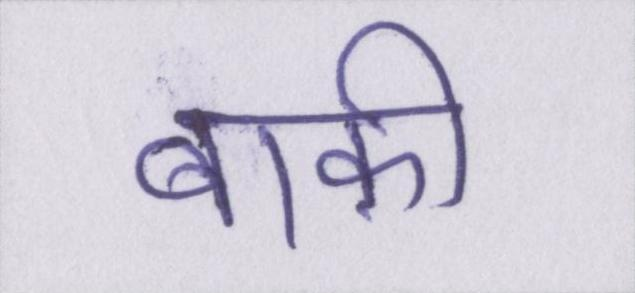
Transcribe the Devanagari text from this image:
बाक़ी